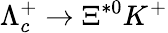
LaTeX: \Lambda_{c}^{+}\to\Xi^{*0}K^{+}